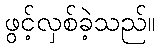
ဖွင့်လှစ်ခဲ့သည်။